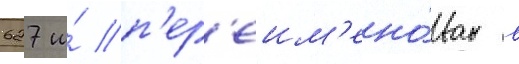
627 и́ п'ер'еим'ено́ван в